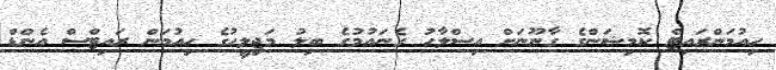
ހިއުމަންރައިޓް ކޮމިޝަންގެ ގާނޫނަށް އިސްލާހު ގެނައުމުގެ ބިލު މަޖިލީހުގެ ހިއުމަން ރައިޓްސް އެންޑް